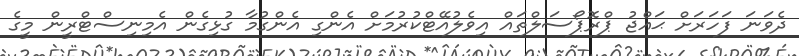
ދެވަނަ ފަހަރަށް ޙައްޖު ޕްރޮޕޯސަލްތައް އިވެލުއޭޓްކުރުމަށް އެންގި އެންގުމާ ގުޅިގެން އެމިނިސްޓްރީން މީގެ